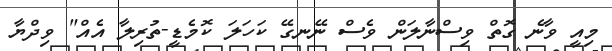
މިއީ ވާނެ ގޮތް ވިސްނާލަން ވެސް ނޭނގޭ ކަހަލަ ކޮމެޑީ-ތުރިލާ އެއް" ވިދްޔާ